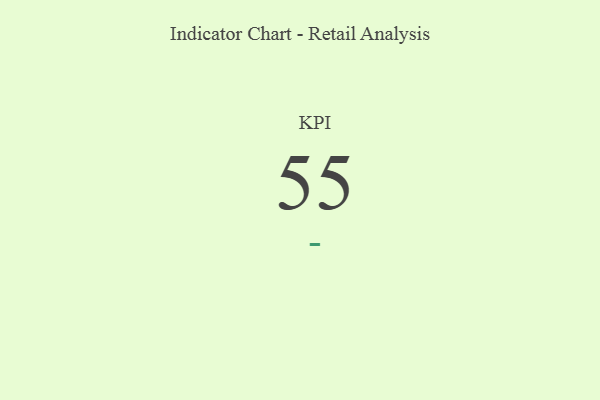
{"axis": {"x": "KPI", "y": "Value"}, "legend": [""], "data": [{"x": "KPI", "y": 55, "type": ""}]}